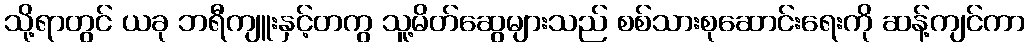
သို့ရာတွင် ယခု ဘရီကျူးနှင့်တကွ သူ့မိတ်ဆွေများသည် စစ်သားစုဆောင်းရေးကို ဆန့်ကျင်ကာ